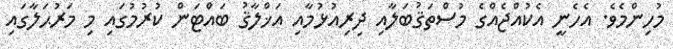
މުހިންމެވެ. އެހެނީ އެކުއްޖެއްގެ މުސްތަޤުބަލާއި ދިރިއުޅުމާއި އަޚްލާޤު ބައްޓަން ކުރުމުގައި މި މަރުޙަލާގައި